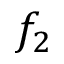
f _ { 2 }